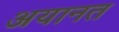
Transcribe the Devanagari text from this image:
अयानत